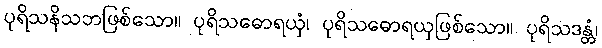
ပုရိသနိသဘဖြစ်သော။ ပုရိသဓောရယှံ၊ ပုရိသဓောရယှဖြစ်သော။ ပုရိသဒန္တံ၊